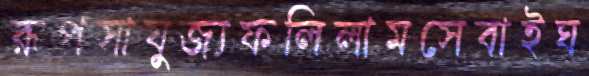
রূপসাযুজ্যফলিলামসেবাইঘ